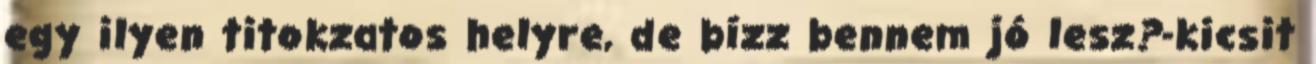
egy ilyen titokzatos helyre, de bízz bennem jó lesz?-kicsit